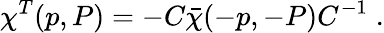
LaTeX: \chi^{T}(p,P)=-C\bar{\chi}(-p,-P)C^{-1}\; .